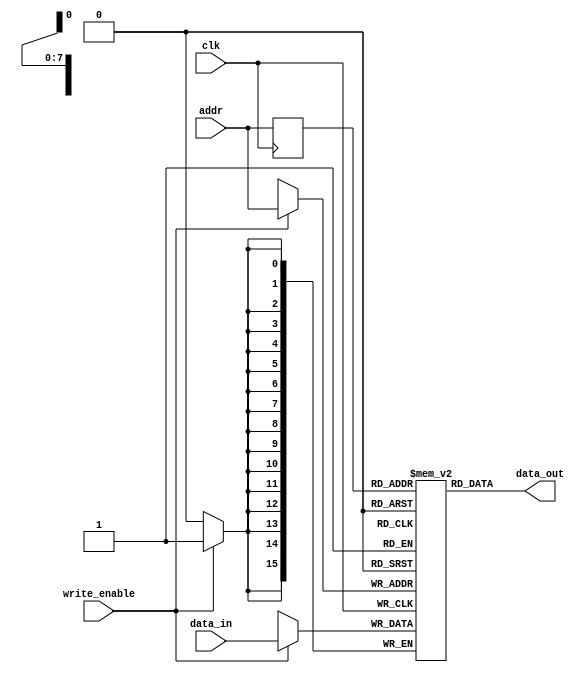
//https://www.altera.com/support/support-resources/design-examples/design-software/verilog/ver-single-port-ram.html
`timescale 1ns/100ps


module generic_single_port_ram (clk, addr, data_in, data_out, write_enable);

    parameter DATA_WIDTH = 16;
    parameter ADDRESS_WIDTH = 8;
    parameter SIM_FILE_PATH = "D:/code/data";
	parameter INIT_FILE_PATH = "";

    input clk, write_enable;
    input [DATA_WIDTH-1:0] data_in;
	output [DATA_WIDTH-1:0] data_out;
    input [ADDRESS_WIDTH-1:0] addr;


	reg [ADDRESS_WIDTH-1:0] addr_reg;

    `ifdef SIM_MEM_INIT
        reg [DATA_WIDTH-1:0] mem [(1<<ADDRESS_WIDTH) -1:0];
	    reg [100*8:1] file_name;
	    initial 
            begin
		    file_name = SIM_FILE_PATH;				$readmemh (file_name, mem);
	        end
    `else
        `ifdef QUARTUS_SYN_INIT
	        (* ram_init_file = INIT_FILE_PATH *) reg [DATA_WIDTH-1:0] mem [(1<<ADDRESS_WIDTH) -1:0];
	    `else
		    reg [DATA_WIDTH-1:0] mem [(1<<ADDRESS_WIDTH) -1:0];
	        `endif
    `endif
 
    always @ (posedge clk)
        begin
            if (write_enable)
                mem[addr] <= data_in;
            addr_reg <= addr;
            
        end
	assign data_out = mem[addr_reg];

 
endmodule